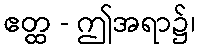
ဧတ္ထ - ဤအရာ၌၊